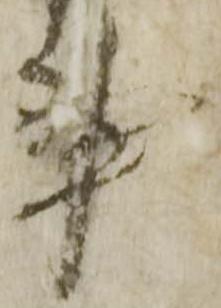
事